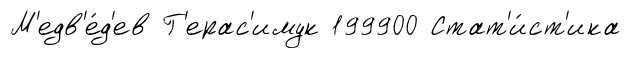
М'едв'е́д'ев Г'ерас'имук 199900 Стат'и́ст'ика